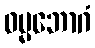
ဓမ္မဘောဂံ